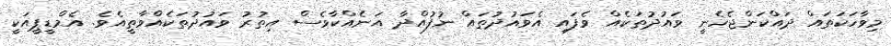
މިވާހަކަތައް ދައްކަންޖެހެނީ ވައުދުތަކެއް ވެފައި އެވައުދުތައް ނުފުއްދާ އަނެއްކާވެސް އިތުރު ވައުދުތަކެއްވާތީއެވެ. އެމްޑީޕީއަކީ